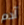
آدم